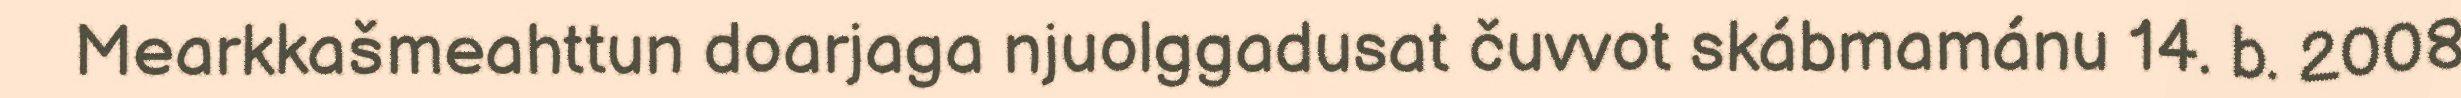
Mearkkašmeahttun doarjaga njuolggadusat čuvvot skábmamánu 14. b. 2008